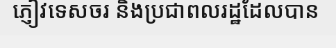
ភ្ញៀវទេសចរ និងប្រជាពលរដ្ឋដែលបាន